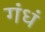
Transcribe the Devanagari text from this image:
गंधं